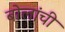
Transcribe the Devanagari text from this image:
बोलांची